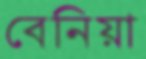
বেনিয়া